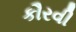
કૌરવી